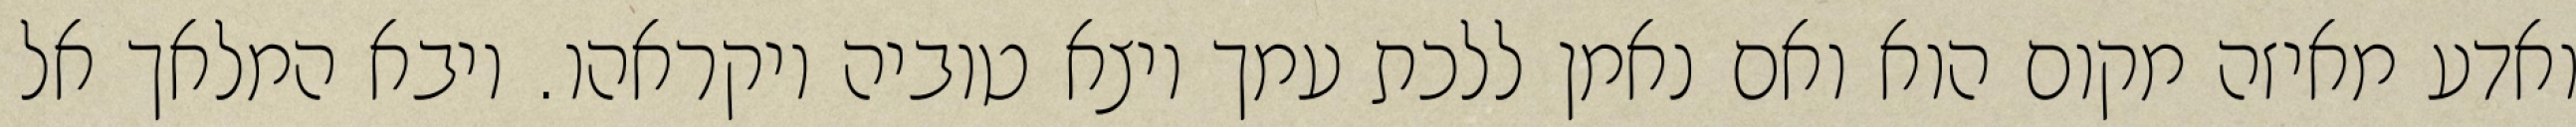
ואדע מאיזה מקום הוא ואם נאמן ללכת עמך ויצא טוביה ויקראהו. ויבא המלאך אל